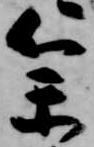
参